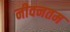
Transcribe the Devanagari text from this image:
नीवनतम